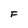
Character: F